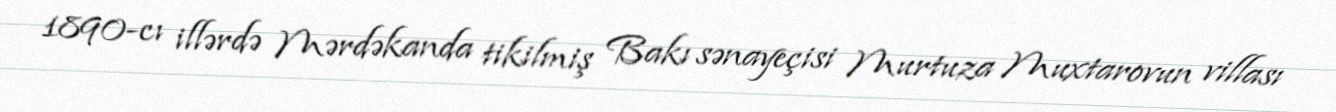
1890-cı illərdə Mərdəkanda tikilmiş Bakı sənayeçisi Murtuza Muxtarovun villası